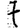
Digit: 7